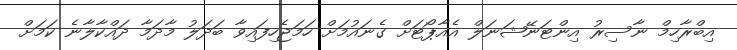
އިބްރާހިމް ނާސިރު އިންޓަނޭޝަނަލް އެއާޕޯޓަށް ގެނައުމަށް ހަމަޖެހިފައިވާ ބަދަލު މާދަމާ ދައްކާލާނެ ކަމަށް